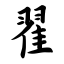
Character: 翟